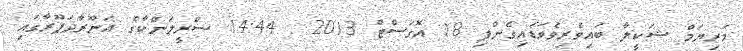
މަރިޔަމް ޝަކީލާ ބައިވެރިވެވަޑައިގެންފި 18 އޮގަސްޓް 2013 : 14:44 ސްރީލަންކާގެ އަނޫރާދަޕޫރާގައި